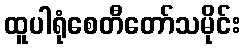
ထူပါရုံစေတီတော်သမိုင်း